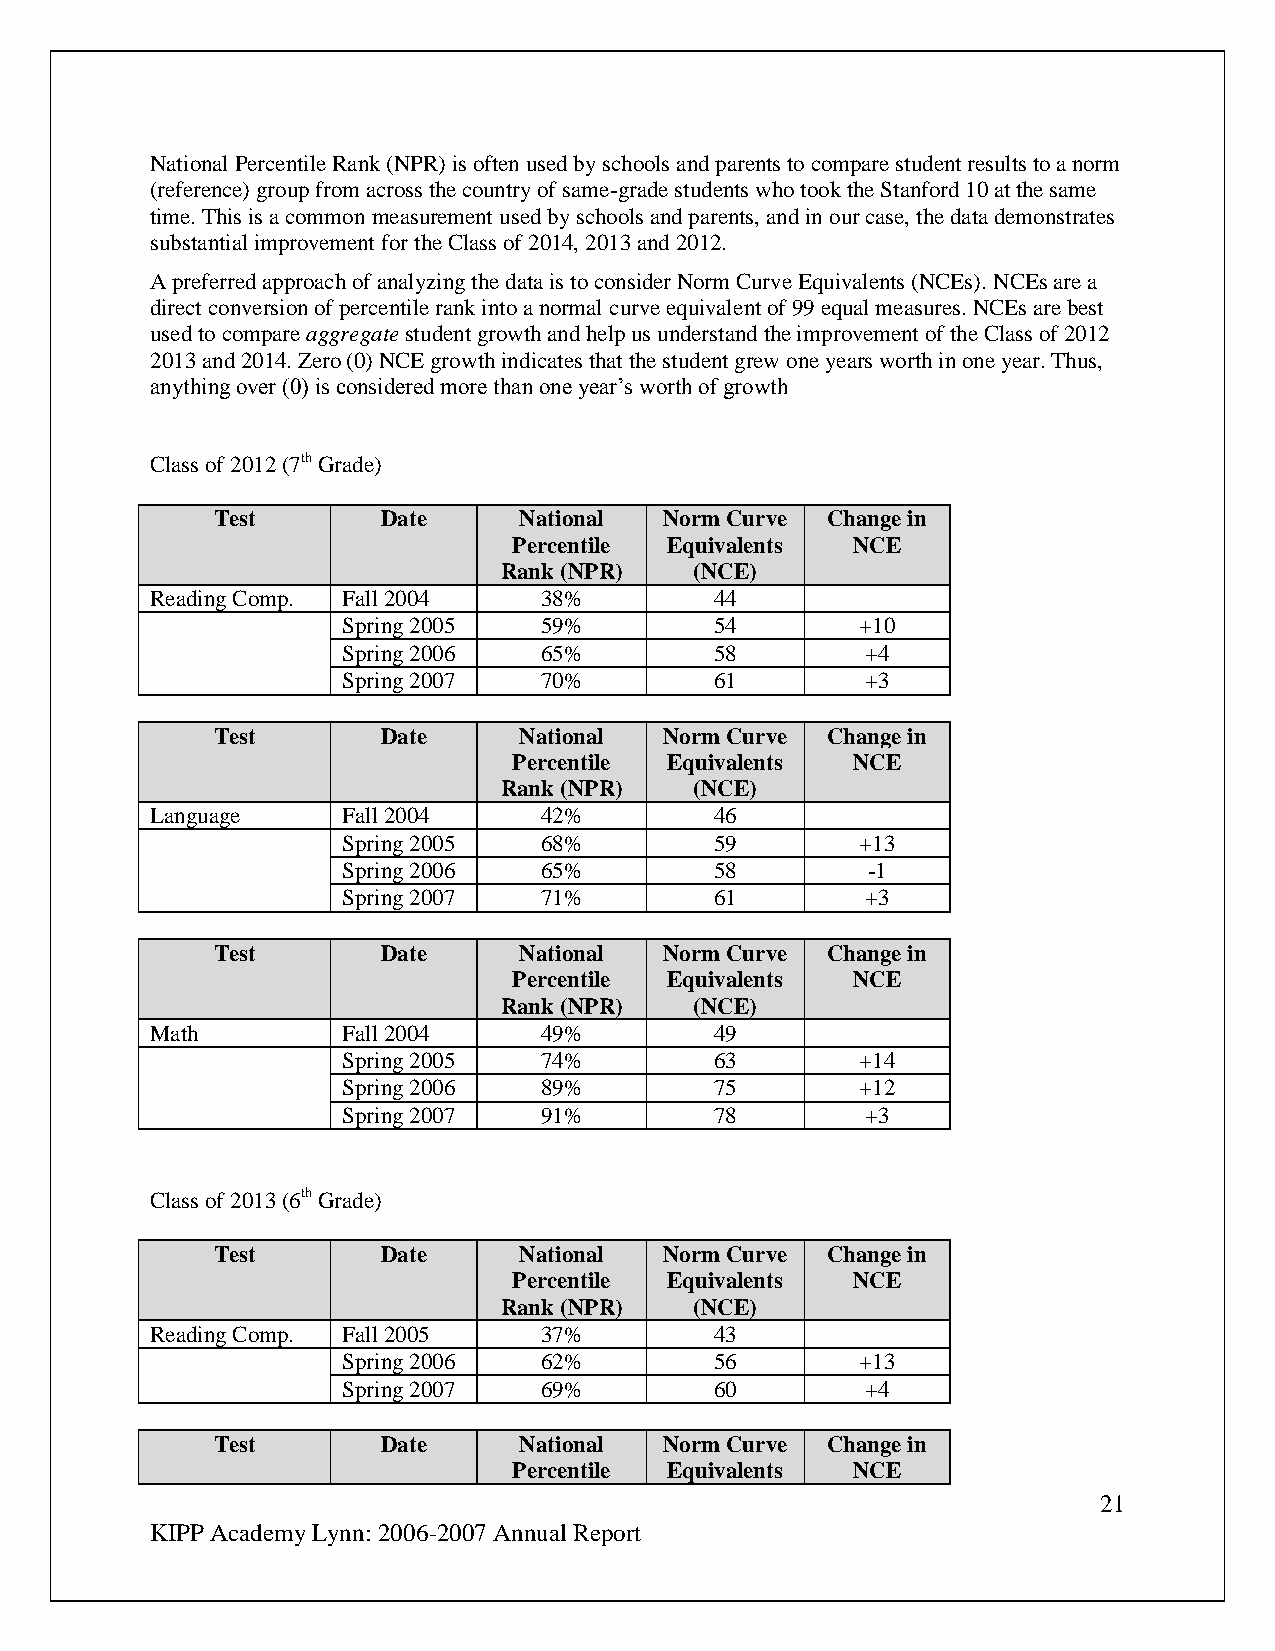
National Percentile Rank (NPR) is often used by schools and parents to compare student results to a norm
 (reference) group from across the country of same-grade students who took the Stanford 10 at the same
 time. This is a common measurement used by schools and parents, and in our case, the data demonstrates
 substantial improvement for the Class of 2014, 2013 and 2012.
 A preferred approach of analyzing the data is to consider Norm Curve Equivalents (NCEs). NCEs are a
 direct conversion of percentile rank into a normal curve equivalent of 99 equal measures. NCEs are best
 used to compare aggregate student growth and help us understand the improvement of the Class of 2012
 2013 and 2014. Zero (0) NCE growth indicates that the student grew one years worth in one year. Thus,
 anything over (0) is considered more than one year’s worth of growth
 Class of 2012 (7th Grade)
 Test       Date     National  Norm Curve Change in
 Percentile Equivalents NCE
 Rank (NPR)   (NCE)
 Reading Comp. Fall 2004   38%        44
 Spring 2005  59%        54        +10
 Spring 2006  65%        58        +4
 Spring 2007  70%        61        +3
 Test       Date     National  Norm Curve Change in
 Percentile Equivalents NCE
 Rank (NPR)   (NCE)
 Language     Fall 2004    42%        46
 Spring 2005  68%        59        +13
 Spring 2006  65%        58        -1
 Spring 2007  71%        61        +3
 Test       Date     National  Norm Curve Change in
 Percentile Equivalents NCE
 Rank (NPR)   (NCE)
 Math         Fall 2004    49%        49
 Spring 2005  74%        63        +14
 Spring 2006  89%        75        +12
 Spring 2007  91%        78        +3
 Class of 2013 (6th Grade)
 Test       Date     National  Norm Curve Change in
 Percentile Equivalents NCE
 Rank (NPR)   (NCE)
 Reading Comp. Fall 2005   37%        43
 Spring 2006  62%        56        +13
 Spring 2007  69%        60        +4
 Test       Date     National  Norm Curve Change in
 Percentile Equivalents NCE
 21
 KIPP Academy Lynn: 2006-2007 Annual Report